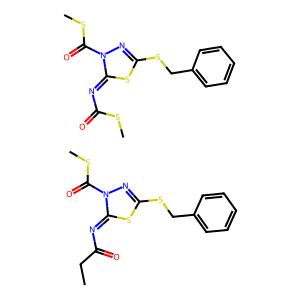
SMILES: CCC(=O)N=c1sc(SCc2ccccc2)nn1C(=O)SC.CSC(=O)N=c1sc(SCc2ccccc2)nn1C(=O)SC
Inhibits HIV replication: No